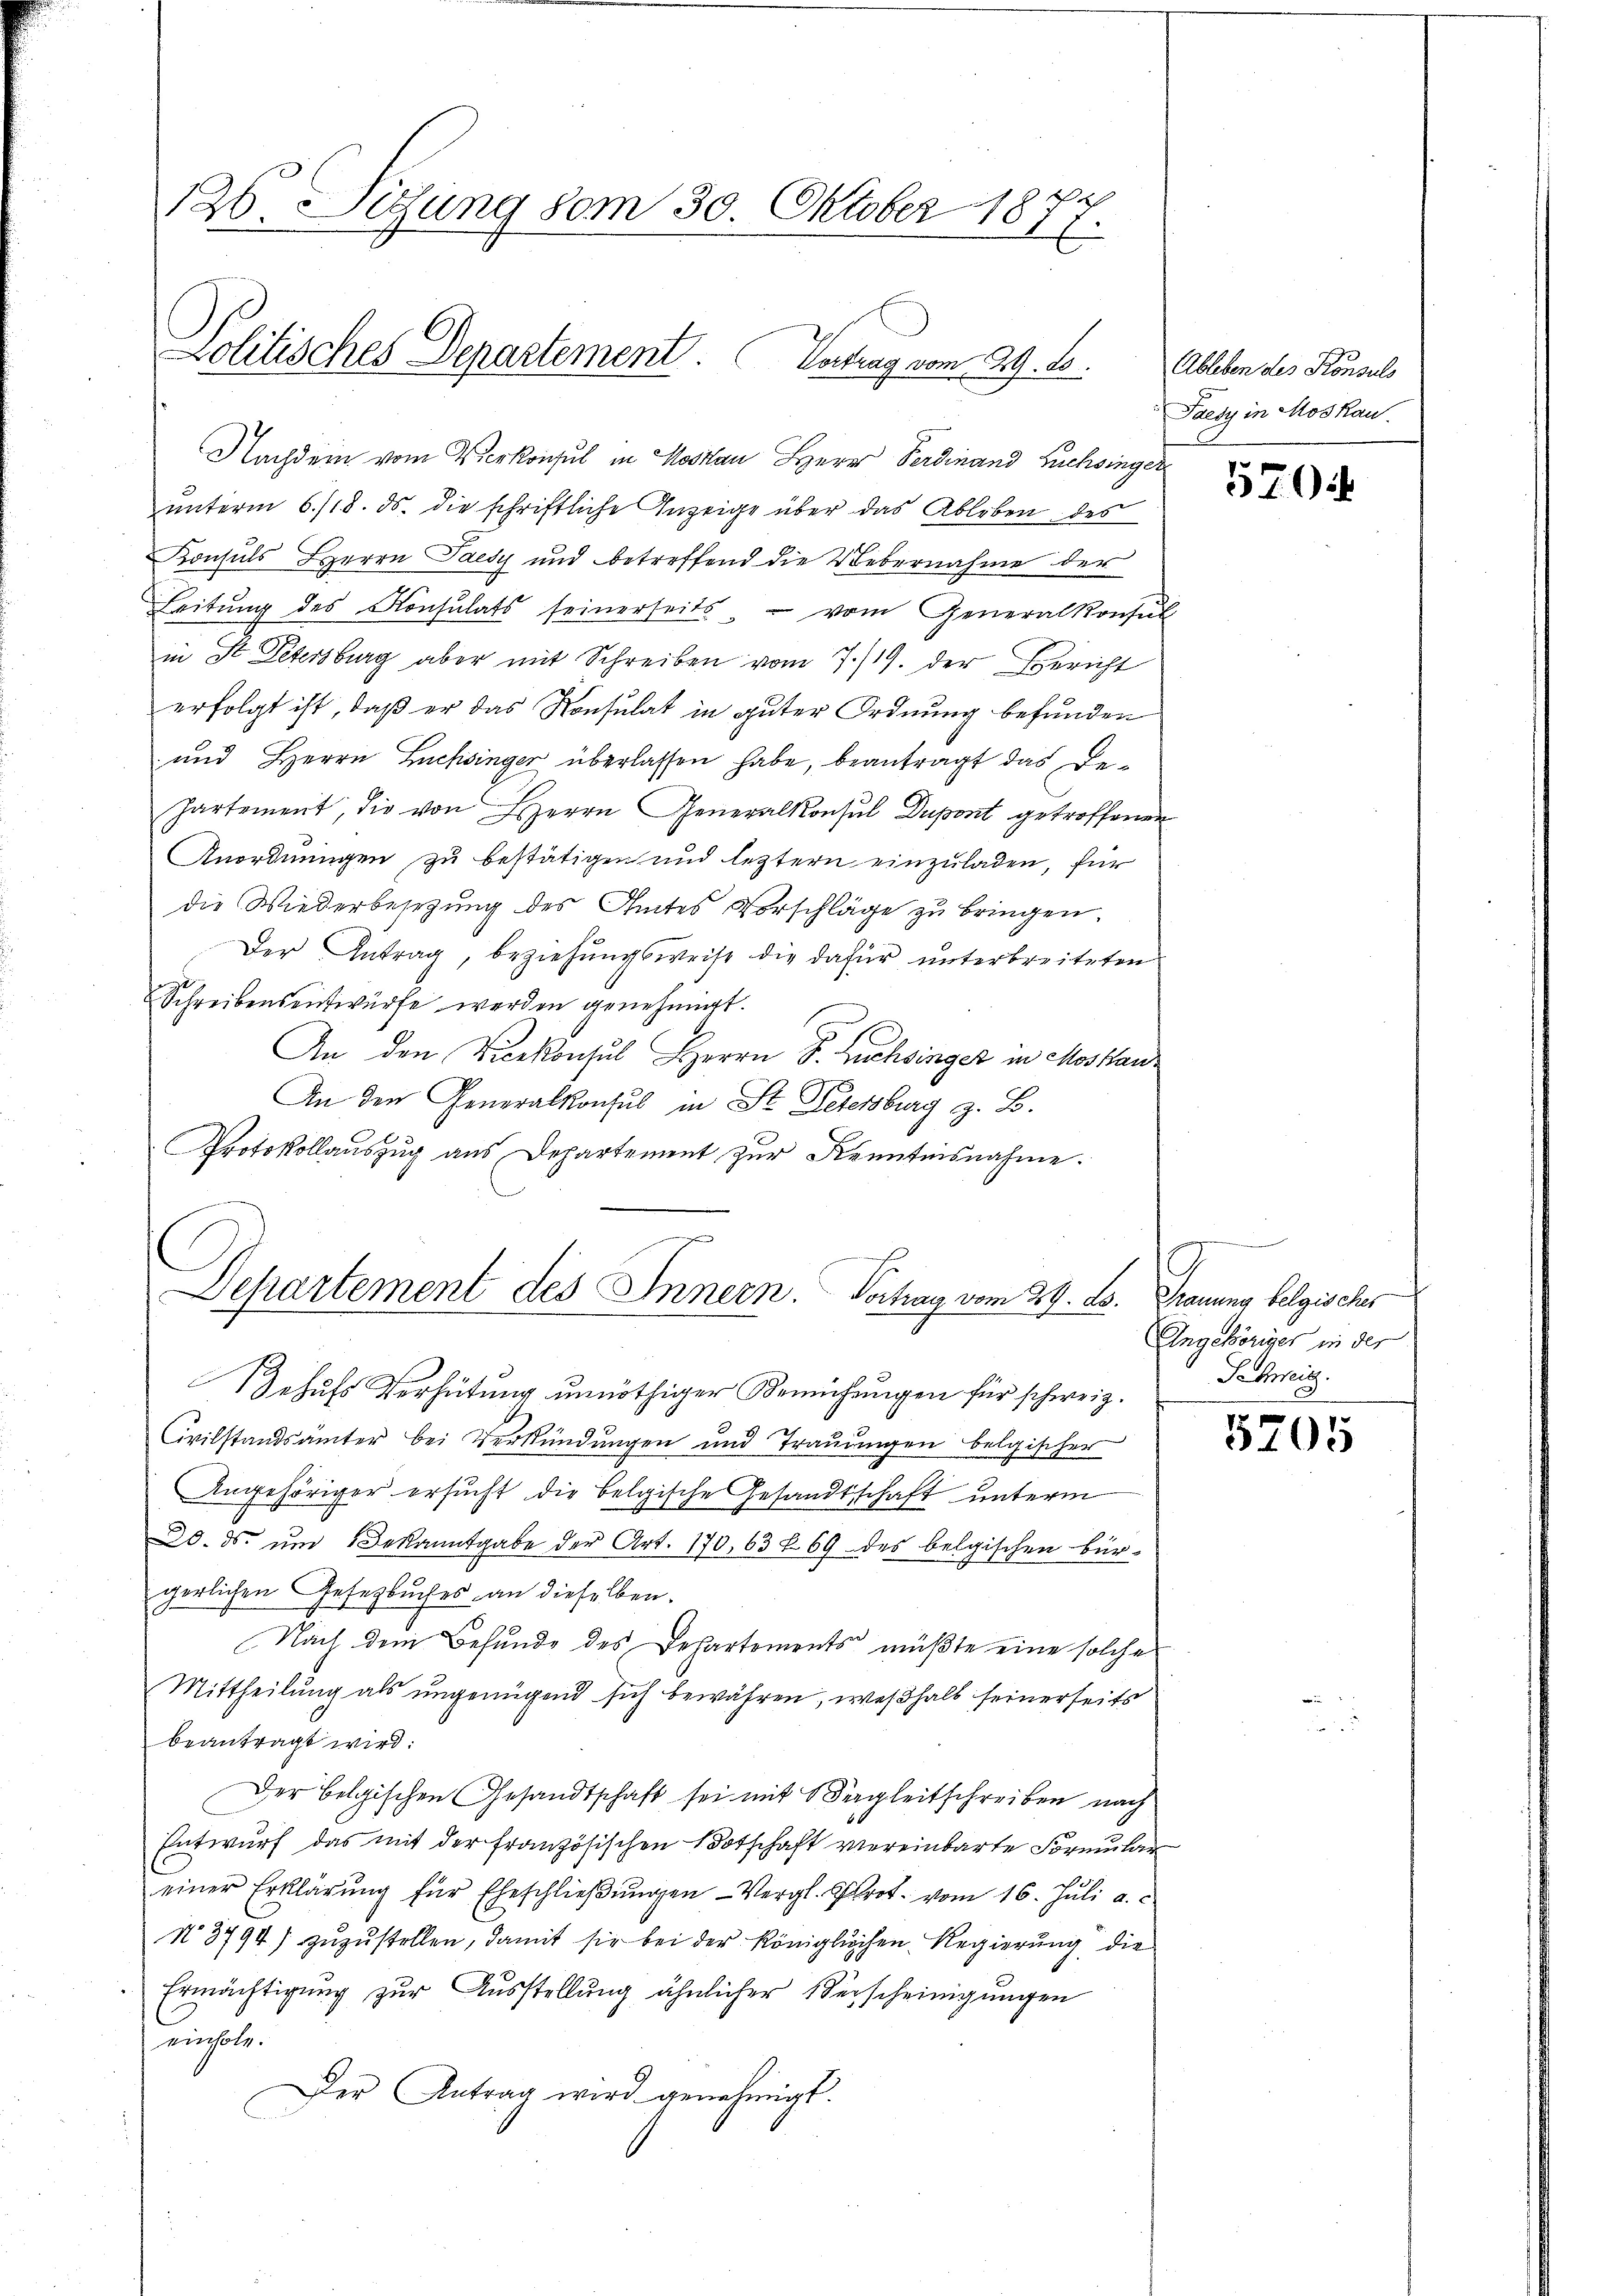
126. Sigung vom 30. Oktober 1877.
Politisches Departement. Verung vom 29. 1.

Nachdem vom Vierkonsul in Moskau Herr Ferdinand Buchsinger
unterm 6./18. ds. die schriftliche Anzeige über das Ableben des
Konsuls Herrn Saesy und betreffend die Uebernahme der
Leitŭng des Konsulats seinerseits vom Generalkonsul
in St. Petersburg aber mit Schreiben vom 7./19. der Bericht
erfolgt ist, daß er das Konsulat in guter Ordnung befunden
und Herrn Lachsinger überlassen habe, beantragt das De¬
Partement, die von Herrn Generalkonsul Dupont getroffenen
Anordnungen zu bestätigen und leztern einzuladen, für
die Wiederbesetzung des Amtes Vorschläge zu bringen.
Der Antrag, beziehungsweise die dafür unterbreiteten
Schreibensentwürfe werden genehmigt.
An den Vicekonsul Herrn S. Buchsinger in Moskau¬
An den Generalkonsul in St. Petersburg z. B.
Protokollauszug aus Departement zur Kenntnisnahme.

Gehufs Verhütung unnöthiger Bemühungen für schweiz.
Civilstandsämter bei Verkündungen und Trauungen belgischer
Angehöriger ersucht die belgische Gesandtschaft unterm
20. ds. um Bekanntgabe der Art. 170, 63 f. 69 des belgischen Bürgerlichen Gesezbuches an dieselben.
Nach dem Befunde des Departements müßte eine solche
Mittheilung als ungenügend sich bewähren, weßhalb seinerseits
beantragt wird:
Der belgischen Gesandtschaft sei mit Begleitschreiben nach
Entwurf das mit der Französischen Botschaft vereinbarte Formular
einer Erklärŭng für Eheschlieβŭngen Vergl. Brot vom 16. Juli a.
N 3794) zuzustellen, damit sie bei der königlichen Regierung die
Ermächtigung zur Ausstellung ähnlicher Verscheinigungen
einhole.
Der Antrag wird genehmigt.

Departement des Innern. Vortrag vom 29. X. Trauung belgisches

Ableben des Konsuls
Paesy in Moskau

5704

ng in der eine
Angehöriger in der
Schweiz.

5705